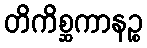
တိကိစ္ဆကာနဉ္စ